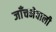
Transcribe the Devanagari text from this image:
जाँचनेवाली